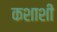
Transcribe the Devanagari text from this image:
कशाशीं